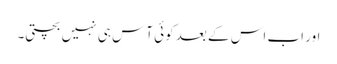
اور اب اس کے بعد کوئی آس ہی نہیں بچتی۔